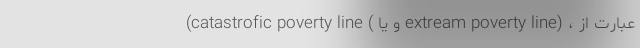
(catastrofic poverty line ( و یا extream poverty line) ، عبارت از